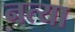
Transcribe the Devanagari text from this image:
नत्या